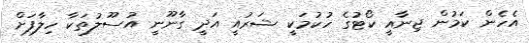
އެހެން ކަމުން ޖިނާއީ ކޯޓުގެ ހުކުމަކީ ޝަރުއީ އަދީ ގާނޫނީ އުސޫލުތަކާ ހިލާފަށް